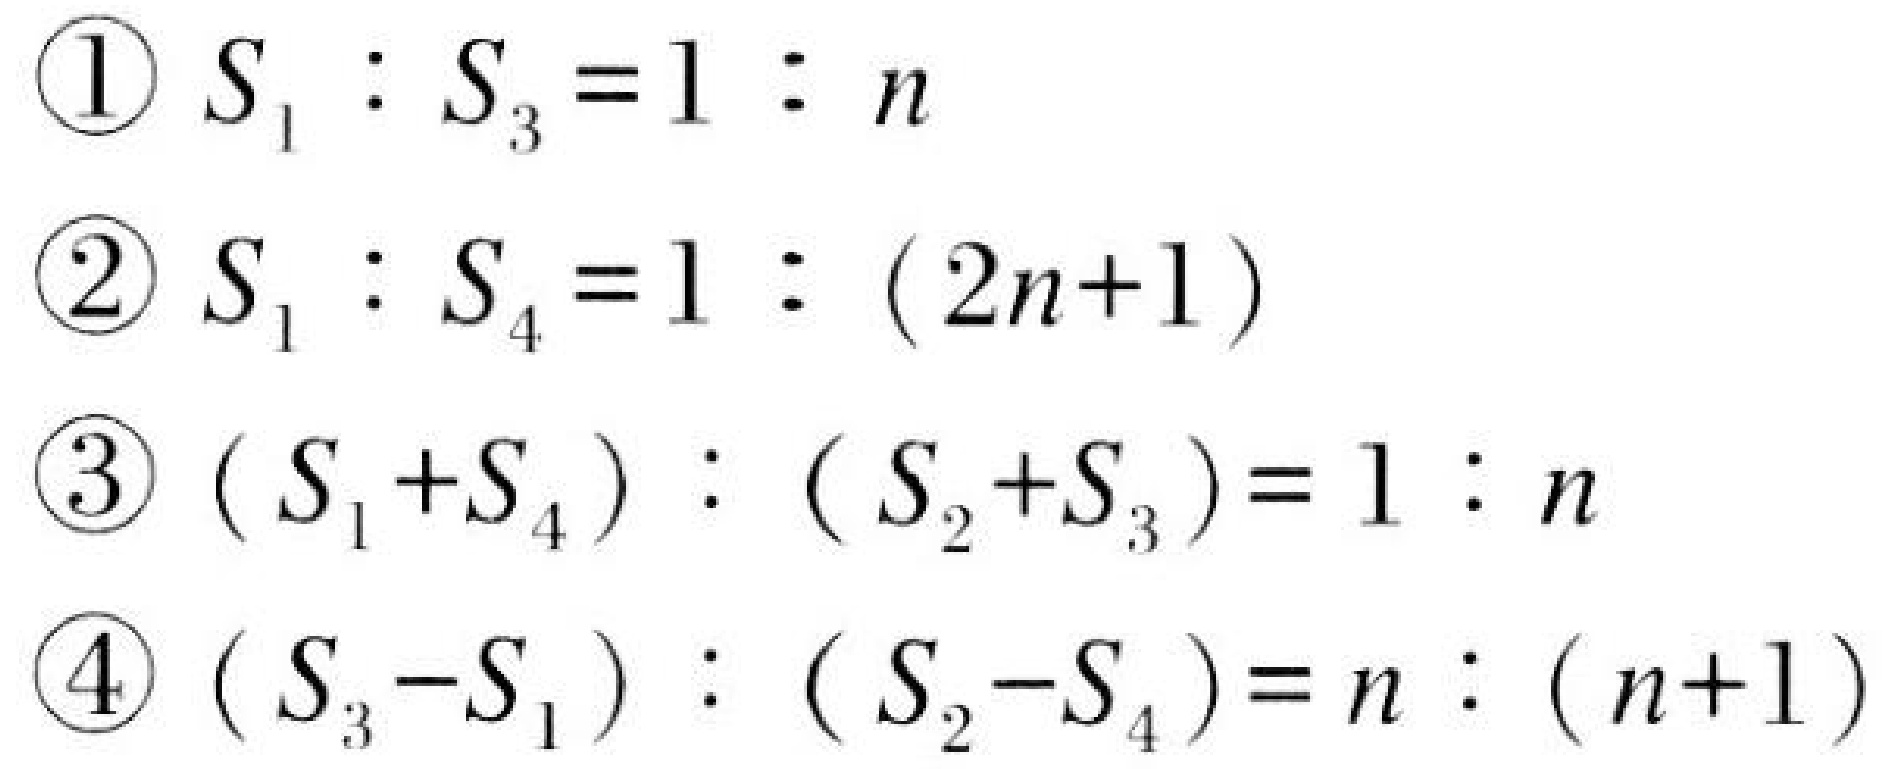
\begin{enumerate}
\item $S_{1}:S_{3}=1:n$
\item $S_{1}:S_{4}=1:(2n + 1)$
\item $(S_{1}+S_{4}):(S_{2}+S_{3})=1:n$
\item $(S_{3}-S_{1}):(S_{2}-S_{4})=n:(n + 1)$
\end{enumerate}